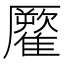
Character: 𩀾